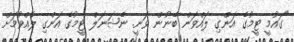
"ގައުމީ ޓީމުގެ އަންގި ލައްވަން ބޭނުން ވަނީ. ނެޝަނަލް ޓީމުގެ އަންގި ލެއްވުމަށް